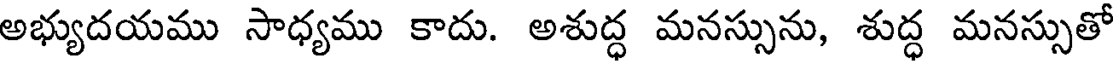
అభ్యుదయము సాధ్యము కాదు. అశుద్ధ మనస్సును, శుద్ధ మనస్సుతో